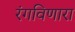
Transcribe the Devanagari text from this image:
रंगविणारा